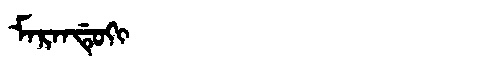
Manchu: ᠮᠠᡵᠠᠨᡩᡠᡴᡳ
Romanization: MARANDUKI